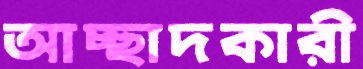
আচ্ছাদকারী